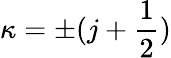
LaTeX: \kappa=\pm(j+\frac{1}{2})